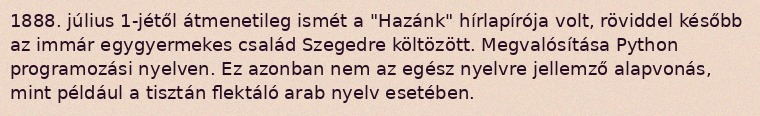
1888. július 1-jétől átmenetileg ismét a "Hazánk" hírlapírója volt, röviddel később az immár egygyermekes család Szegedre költözött. Megvalósítása Python programozási nyelven. Ez azonban nem az egész nyelvre jellemző alapvonás, mint például a tisztán flektáló arab nyelv esetében.